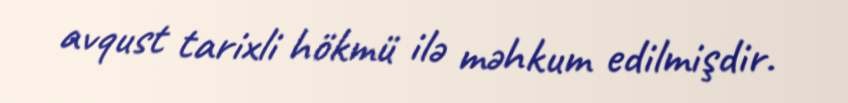
avqust tarixli hökmü ilə məhkum edilmişdir.